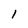
Character: 1